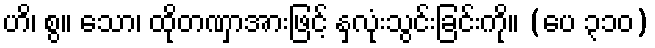
ဟိ၊ စွ။ သော၊ ထိုတဏှာအားဖြင့် နှလုံးသွင်းခြင်းကို။ (ပေ ၃၁၀)